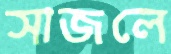
সাজলে